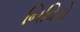
નિવિડો